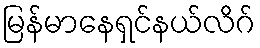
မြန်မာနေရှင်နယ်လိဂ်